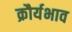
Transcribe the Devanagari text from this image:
क्रौर्यभाव